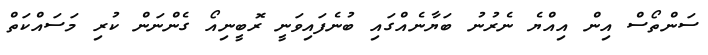
ސަންތޯސް އިން އިއްޔެ ނެރުނު ބަޔާނެއްގައި ބުނެފައިވަނީ ރޮބީނިއޯ ގެންނަން ކުރި މަސައްކަތް